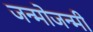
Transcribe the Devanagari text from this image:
जन्मोजन्मी